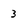
Character: 3